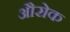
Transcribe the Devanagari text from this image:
औरोक